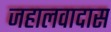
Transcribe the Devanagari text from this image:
जहालवादास